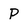
Character: P